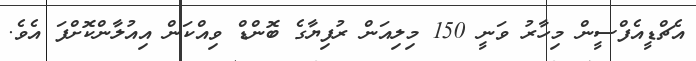
އެޗްޑީއެފްސީން މިހާރު ވަނީ 150 މިލިއަން ރުފިޔާގެ ބޮންޑް ވިއްކަން އިއުލާންކޮށްފަ އެވެ.